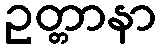
ဥတ္တာနာ